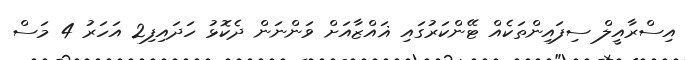
އިސްރާއީލް ސިފައިންތަކެއް ޓޭންކަރުގައި ޣައްޒާއަށް ވަންނަން ދެކޮޅު ހަދައިފި2 އަހަރު 4 މަސް